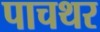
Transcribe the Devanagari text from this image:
पाचथर